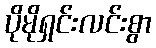
ပိုမိုရှင်းလင်းစွာ